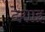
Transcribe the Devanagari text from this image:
देशाइ